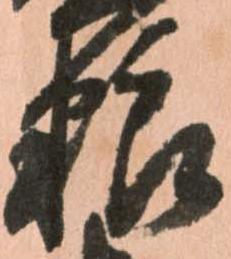
粮